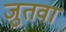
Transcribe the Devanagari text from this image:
जुतवा